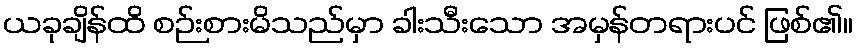
ယခုချိန်ထိ စဉ်းစားမိသည်မှာ ခါးသီးသော အမှန်တရားပင် ဖြစ်၏။